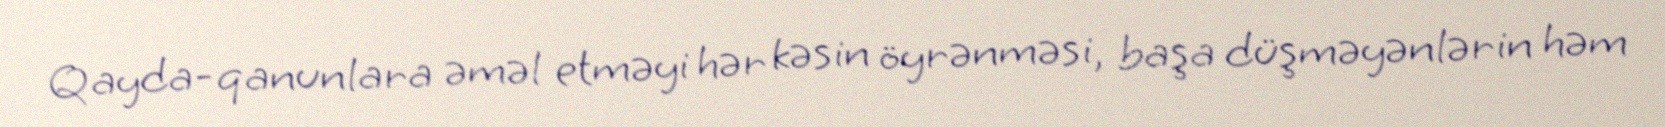
Qayda-qanunlara əməl etməyi hər kəsin öyrənməsi, başa düşməyənlərin həm